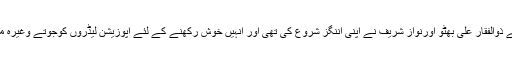
آج اڑسٹھ برس کے عمران خان وہیں کھڑے ہیں جہاں سے ذوالفقار علی بھٹو اورنواز شریف نے اپنی اننگز شروع کی تھی اور انہیں خوش رکھنے کے لئے اپوزیشن لیڈروں کوجوتے وغیرہ مارنے کوئی بڑی بات نہیں، وہ یقینا خوش ہوئے ہوں گے۔